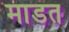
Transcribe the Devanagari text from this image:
माडत